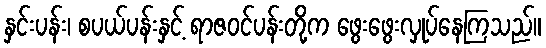
နှင်းပန်း၊ စပယ်ပန်းနှင့် ရာဇဝင်ပန်းတို့က ဖွေးဖွေးလှုပ်နေကြသည်။